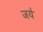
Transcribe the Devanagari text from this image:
जयें